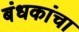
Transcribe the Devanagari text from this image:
बंधकांचा